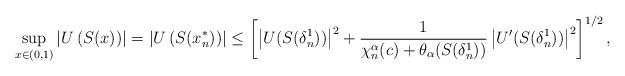
LaTeX: \begin{align*}\sup_{x\in(0,1)}\left|U\left(S(x)\right)\right|=\left|U\left(S(x_n^*)\right)\right|\leq\left[\left|U(S(\delta_n^1))\right|^2+\frac{1}{\chi_n^{\alpha}(c)+\theta_\alpha(S(\delta_n^1))}\left|U'(S(\delta_n^1))\right|^2\right]^{1/2},\end{align*}